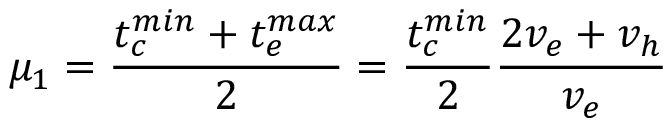
\mu _ { 1 } = \frac { t _ { c } ^ { m i n } + t _ { e } ^ { m a x } } { 2 } = \frac { t _ { c } ^ { m i n } } { 2 } \frac { 2 v _ { e } + v _ { h } } { v _ { e } }